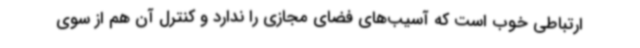
ارتباطی خوب است که آسیب‌های فضای مجازی را ندارد و کنترل آن هم از سوی